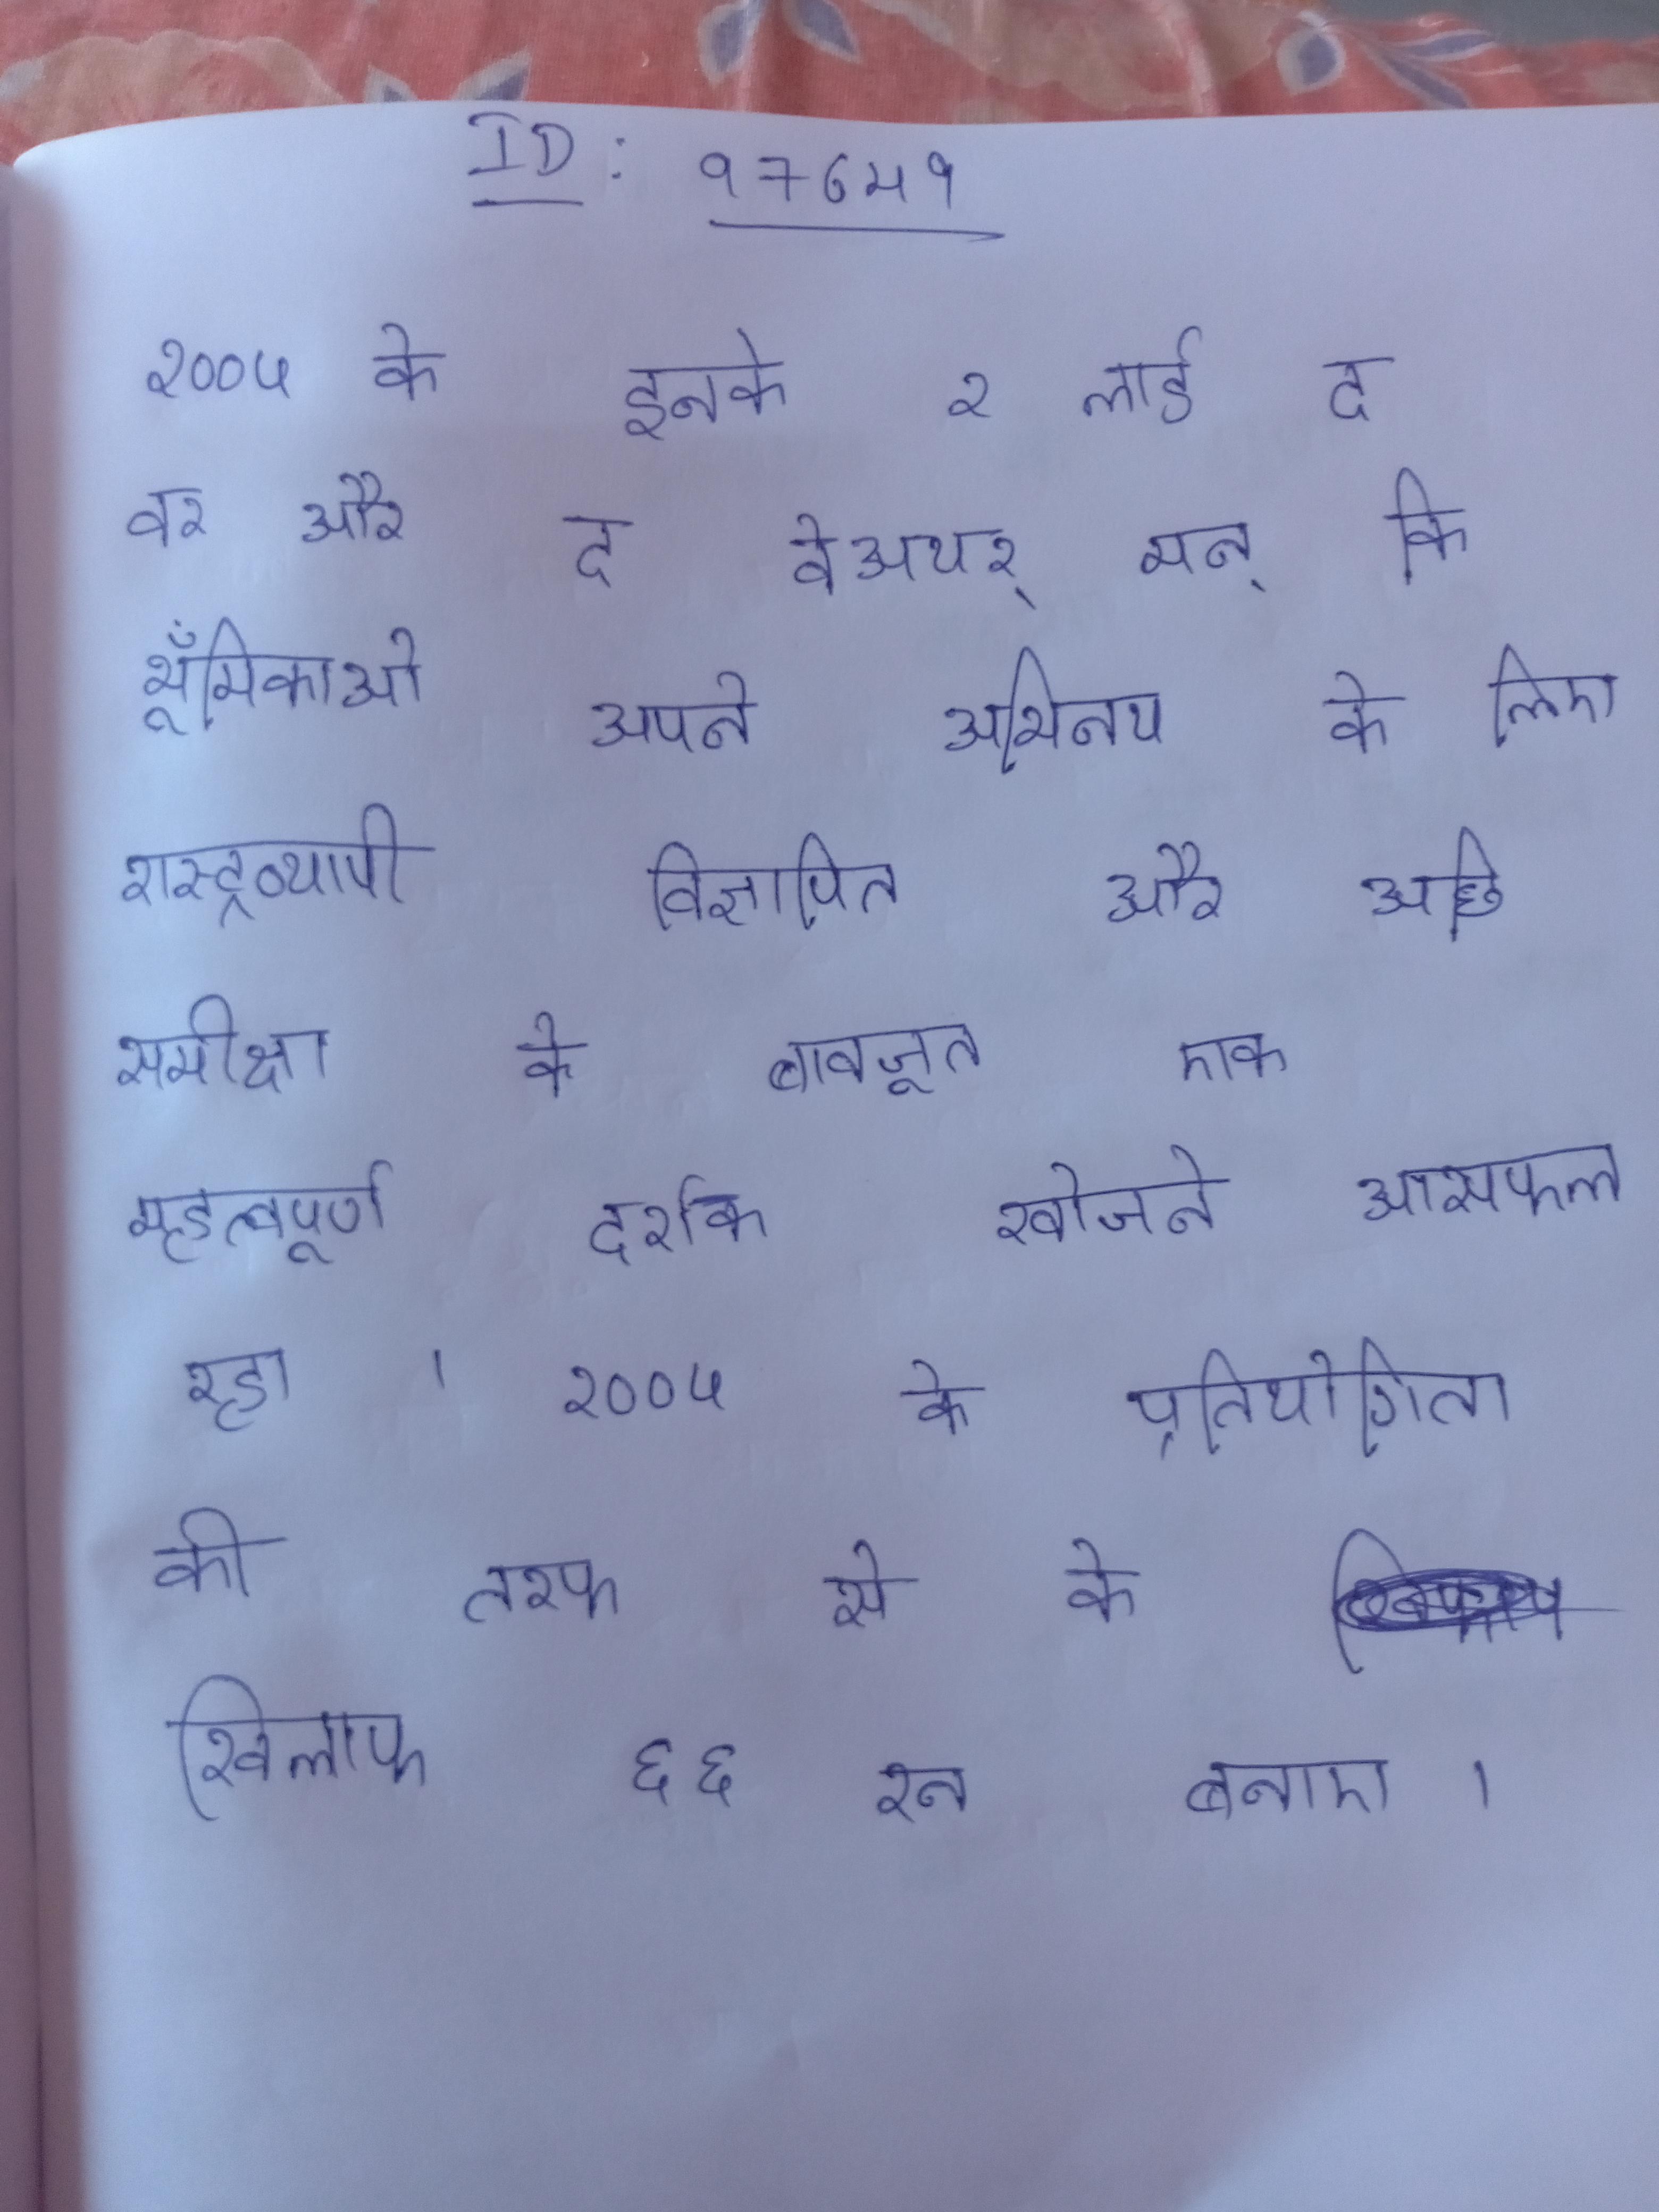
२००५ के इनके २ लार्ड द वर और द वेअथर् मन, कि भूॉमिकाओ अपने अभिनय के लिए रास्ट्रव्यापी विज्ञापित और अछि समीक्षा के बावजूत एक महत्वपूर्ण दर्शक खोजने असफल रहा । २००५ के प्रतियोगिता की तरफ से के खिलाफ ६६ रन बनाए ।